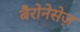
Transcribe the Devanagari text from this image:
बैरोनेसेज़